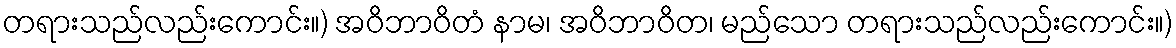
တရားသည်လည်းကောင်း။) အဝိဘာဝိတံ နာမ၊ အဝိဘာဝိတ၊ မည်သော တရားသည်လည်းကောင်း။)